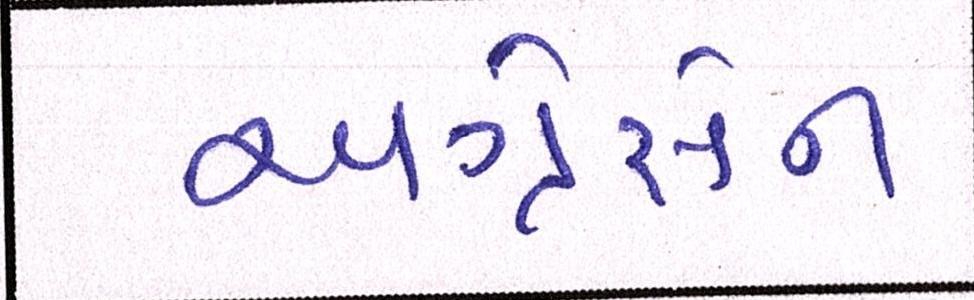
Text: અગ્રેસેન